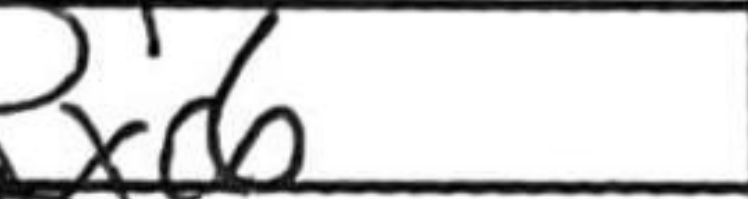
Transcription: Rxc6